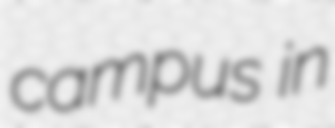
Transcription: campus in